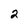
Character: 2